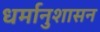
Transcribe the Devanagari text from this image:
धर्मानुशासन